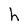
Character: h